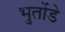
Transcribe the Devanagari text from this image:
भुतोंडे